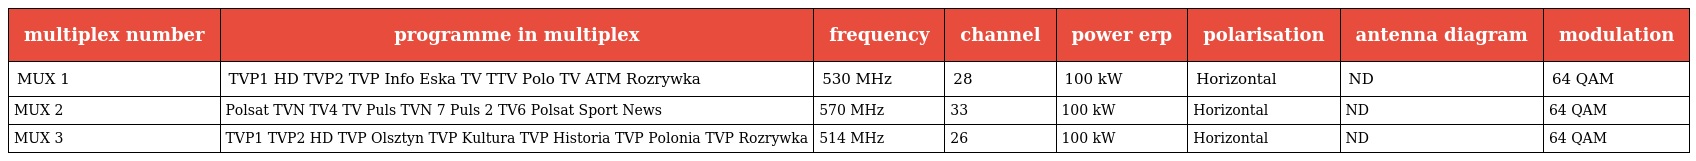
| multiplex number | programme in multiplex | frequency | channel | power erp | polarisation | antenna diagram | modulation |
 | --- | --- | --- | --- | --- | --- | --- | --- |
 | MUX 1 | TVP1 HD TVP2 TVP Info Eska TV TTV Polo TV ATM Rozrywka | 530 MHz | 28 | 100 kW | Horizontal | ND | 64 QAM |
 | MUX 2 | Polsat TVN TV4 TV Puls TVN 7 Puls 2 TV6 Polsat Sport News | 570 MHz | 33 | 100 kW | Horizontal | ND | 64 QAM |
 | MUX 3 | TVP1 TVP2 HD TVP Olsztyn TVP Kultura TVP Historia TVP Polonia TVP Rozrywka | 514 MHz | 26 | 100 kW | Horizontal | ND | 64 QAM |